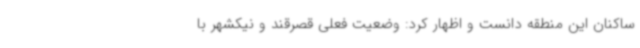
ساکنان این منطقه دانست و اظهار کرد: وضعیت فعلی قصرقند و نیکشهر با